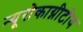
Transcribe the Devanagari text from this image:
न्यूरोकाग्नीटीव